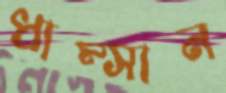
ধাম্‌সান